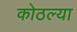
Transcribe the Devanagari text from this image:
कोठल्या